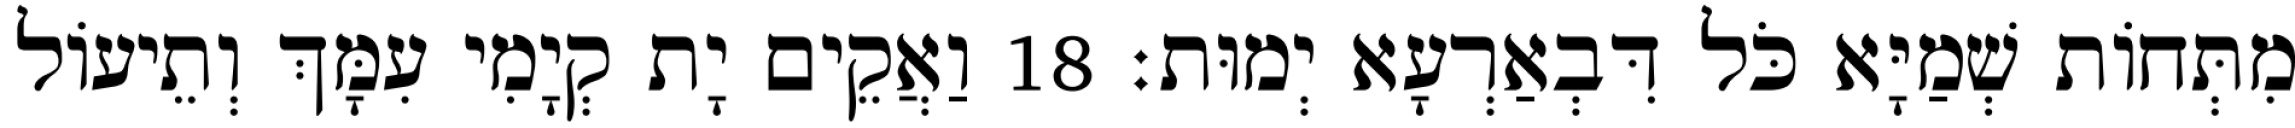
מִתְּחוֹת שְׁמַיָּא כֹּל דִּבְאַרְעָא יְמוּת׃ 18 וַאֲקֵים יָת קְיָמִי עִמָּךְ וְתֵיעוֹל